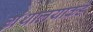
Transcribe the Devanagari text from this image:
ग्रंथालयाकडे